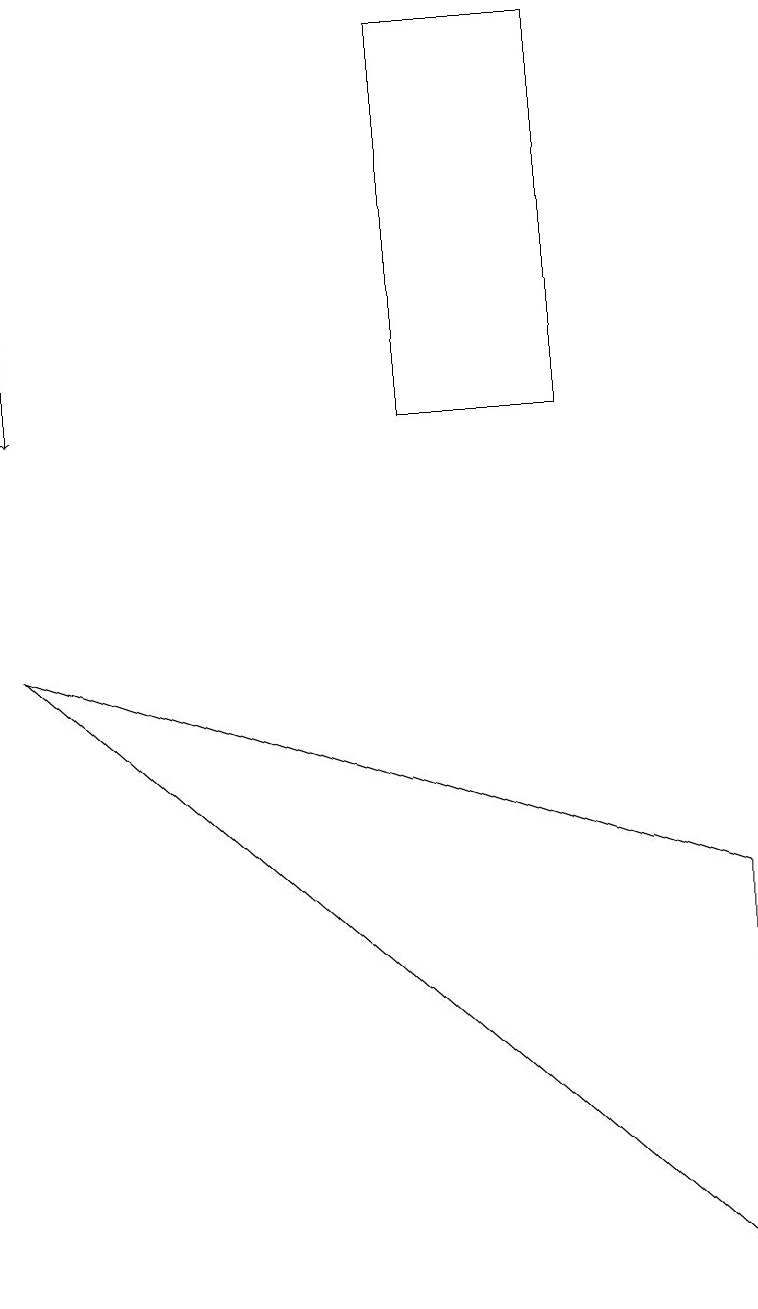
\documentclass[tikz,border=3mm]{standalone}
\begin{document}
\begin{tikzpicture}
\draw (5,11) rectangle (7,16);
\draw (9,0) -- (9,5) -- (0,8) -- cycle;
\draw[->] (0,13) -- (0,11);
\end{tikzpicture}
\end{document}